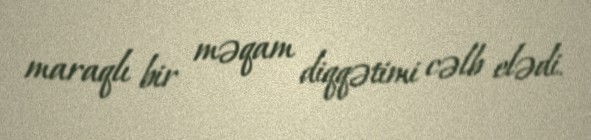
maraqlı bir məqam diqqətimi cəlb elədi.